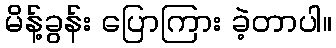
မိန့်ခွန်း ပြောကြား ခဲ့တာပါ။